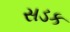
સડક